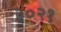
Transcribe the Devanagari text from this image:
३०२१